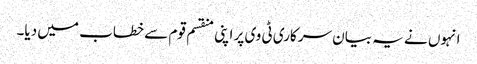
انہوں نے یہ بیان سرکاری ٹی وی پر اپنی منقسم قوم سے خطاب میں دیا۔